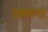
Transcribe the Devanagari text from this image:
उचलण्‍यात